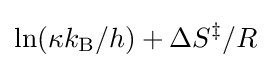
\ln(\kappa k_{\mathrm {B} }/h)+\Delta S^{\ddagger }/R